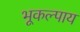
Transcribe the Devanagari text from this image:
भूकल्पाय